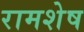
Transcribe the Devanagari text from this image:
रामशेष